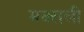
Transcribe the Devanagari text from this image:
मक्खली